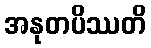
အနုတပိဿတိ